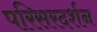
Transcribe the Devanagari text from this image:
परिसरदर्शन